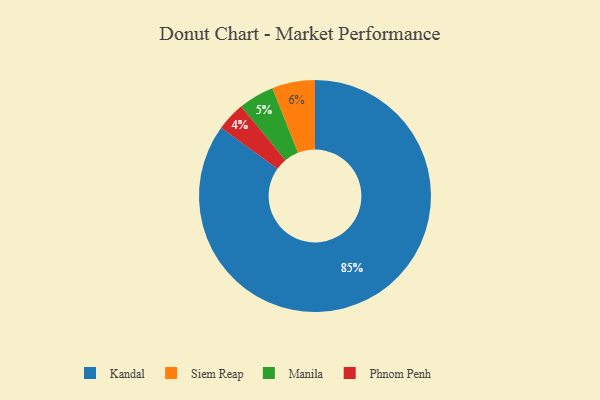
{"axis": {"x": "Category", "y": "Percentage"}, "legend": ["Kandal", "Manila", "Phnom Penh", "Siem Reap"], "data": [{"x": "Phnom Penh", "y": 4, "type": "Phnom Penh"}, {"x": "Kandal", "y": 85, "type": "Kandal"}, {"x": "Siem Reap", "y": 6, "type": "Siem Reap"}, {"x": "Manila", "y": 5, "type": "Manila"}]}